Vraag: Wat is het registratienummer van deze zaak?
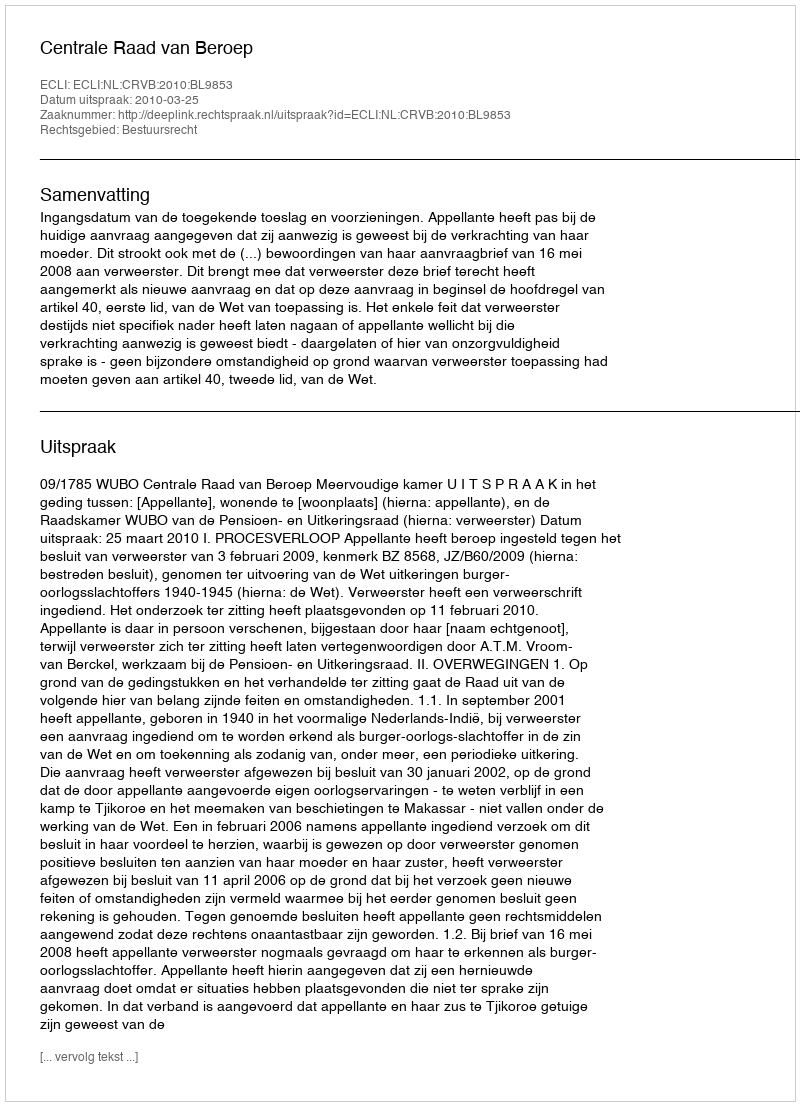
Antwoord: http://deeplink.rechtspraak.nl/uitspraak?id=ECLI:NL:CRVB:2010:BL9853